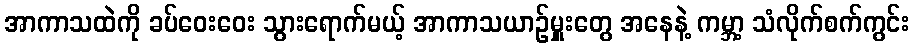
အာကာသထဲကို ခပ်ဝေးဝေး သွားရောက်မယ့် အာကာသယာဉ်မှူးတွေ အနေနဲ့ ကမ္ဘာ့ သံလိုက်စက်ကွင်း